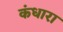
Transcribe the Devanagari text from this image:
कंधारा